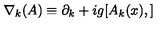
\nabla _ { k } ( A ) \equiv \partial _ { k } + i g [ A _ { k } ( x ) , ]